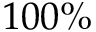
1 0 0 \%